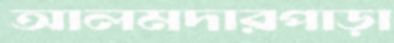
আলমদারপাড়া